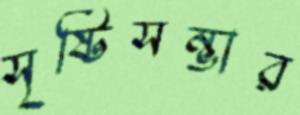
সৃষ্টিসম্ভার